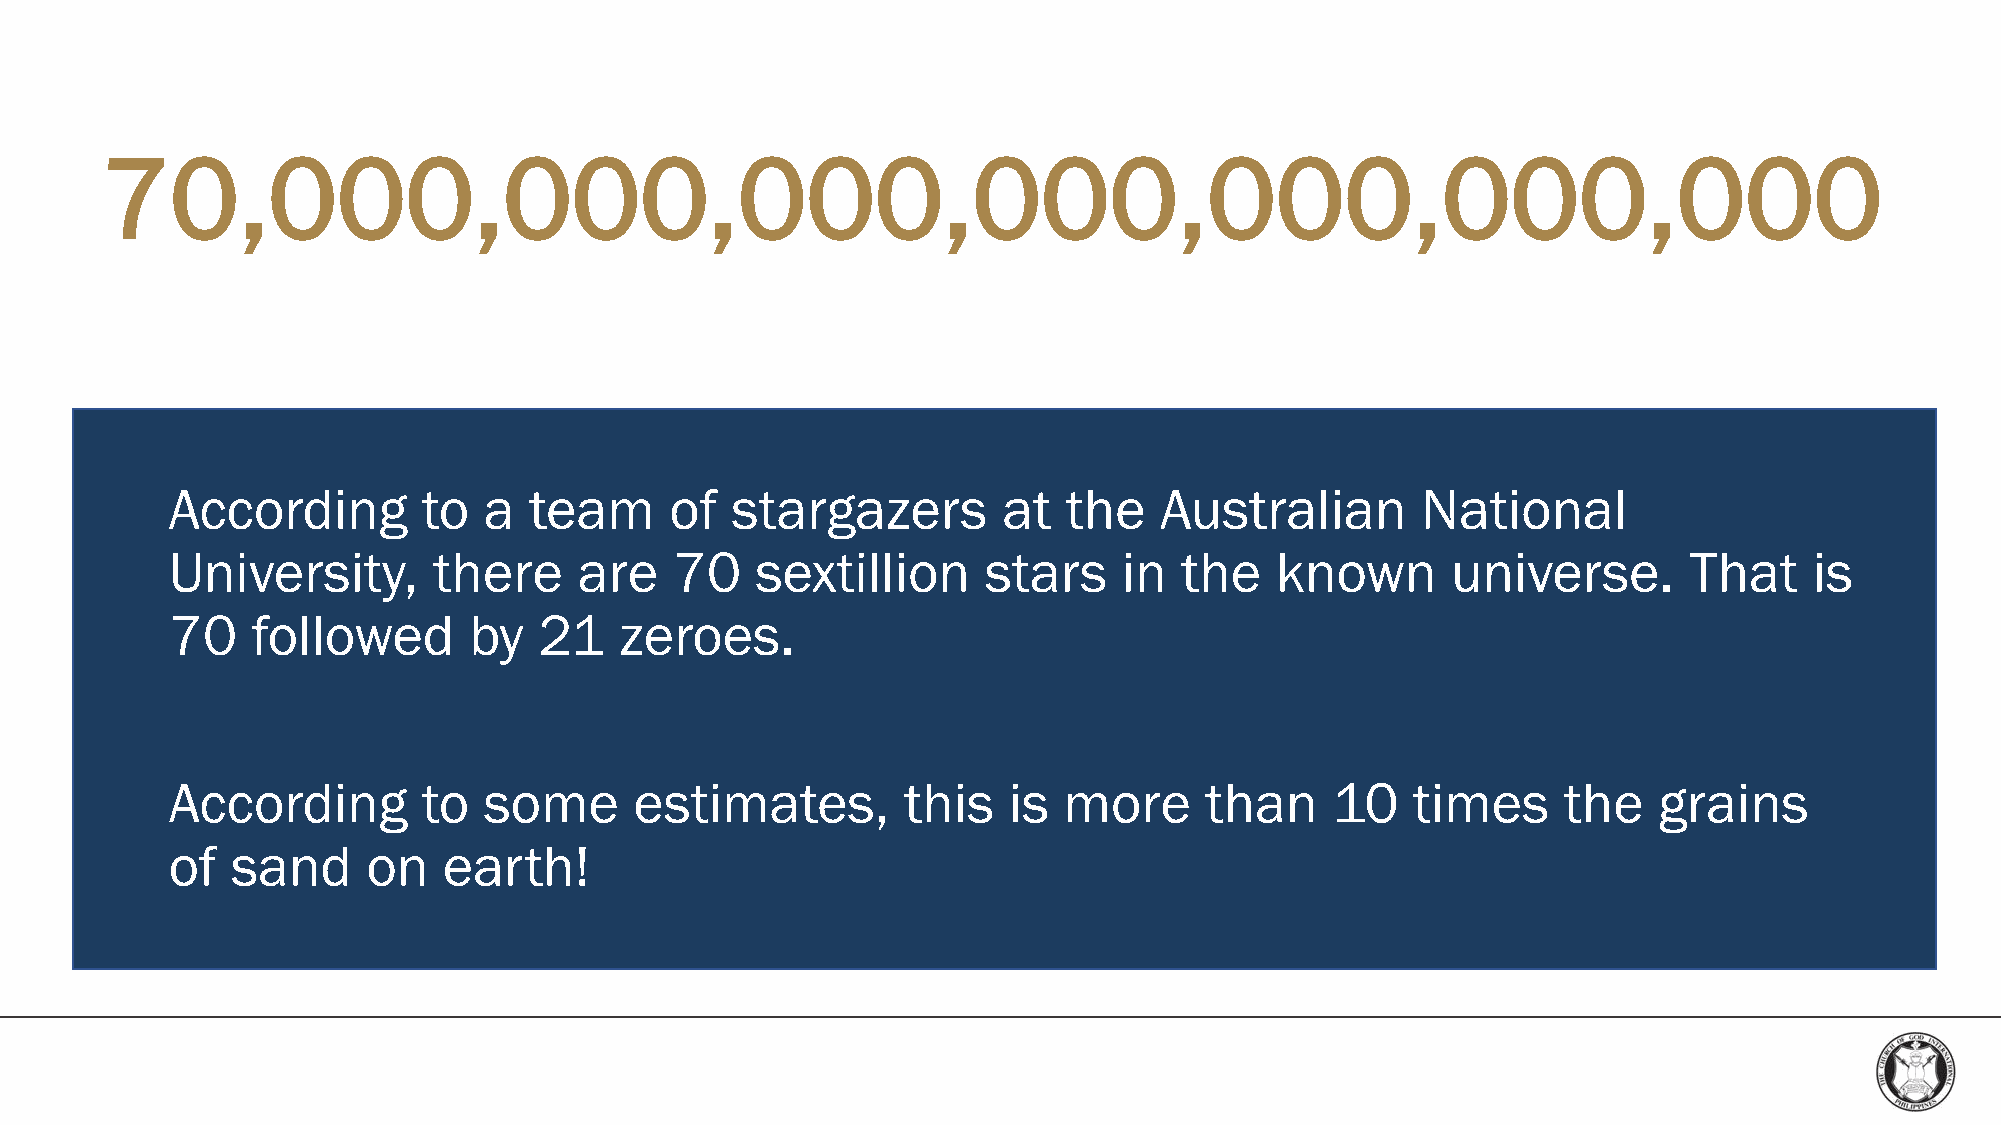
70,000,000,000,000,000,000,000
 According        to  a  team     of  stargazers        at   the   Australian       National
 University,       there    are    70   sextillion     stars    in  the   known       universe.       That    is
 70    followed      by   21   zeroes.
 According        to  some      estimates,        this   is more      than    10    times    the    grains
 of  sand     on   earth!